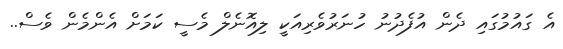
އެ ގައުމުގައި ދެން އުފެދުނު ހުނަރުވެރިއަކީ ލިއޮނެލް މެސީ ކަމަށް އެންމެން ވެސް..